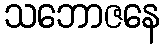
သဘောဇနေ